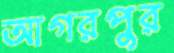
আগরপুর